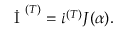
\begin{array} { r } { \dot { \mathrm { ~ I ~ } } ^ { ( T ) } = \dot { \iota } ^ { ( T ) } J ( \alpha ) . } \end{array}